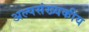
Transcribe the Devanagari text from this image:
अल्पसंख्यकीय